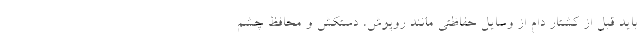
باید قبل از کشتار دام از وسایل حفاظتی مانند روپوش، دستکش و محافظ چشم